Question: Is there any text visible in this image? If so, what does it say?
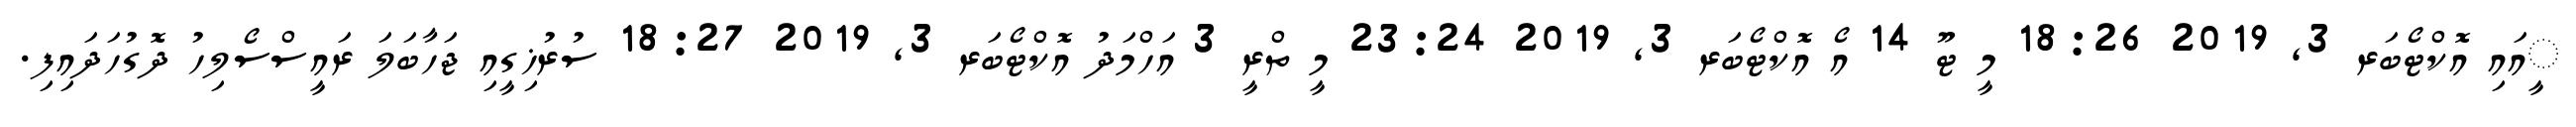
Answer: ީއައި އޮކްޓޯބަރ 3, 2019 18:26 މީ ޓޫ 14 އޯ އޮކްޓޯބަރ 3, 2019 23:24 މީ ތްރީ 3 އަހްމަދު އޮކްޓޯބަރ 3, 2019 18:27 ސުރުޚިގީއި ޖަހާބަލަ ރައީސްސޯލިހު ދޮގުހަދައިފި.